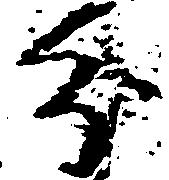
分